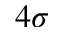
4 \sigma